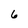
Character: 6